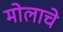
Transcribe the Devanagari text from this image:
मोलाचेे